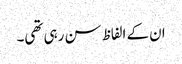
ان کے الفاظ سن رہی تھی۔